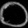
Digit: ၀